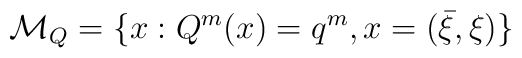
{\cal M}_Q=\{x:Q^m(x)=q^m, x=(\bar\xi,\xi)\}